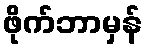
ဖိုက်ဘာမှန်